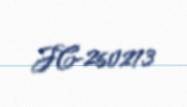
JC-260273